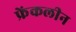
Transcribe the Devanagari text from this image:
फ्रेंकलीन